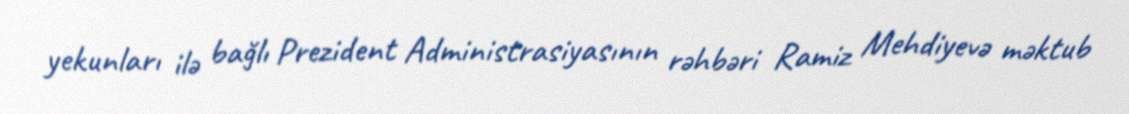
yekunları ilə bağlı Prezident Administrasiyasının rəhbəri Ramiz Mehdiyevə məktub